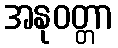
အနုဝတ္တာ